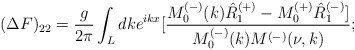
\begin{align*}(\Delta F)_{22}=\frac{g}{2\pi}\int_{L}dke^{ikx}[\frac {M^{(-)}_0(k)\hat{R}_1^{(+)}-M^{(+)}_0\hat{R}^{(-)}_1]}{M^{(-)}_0(k)M^{(-)}(\nu,k)};\end{align*}